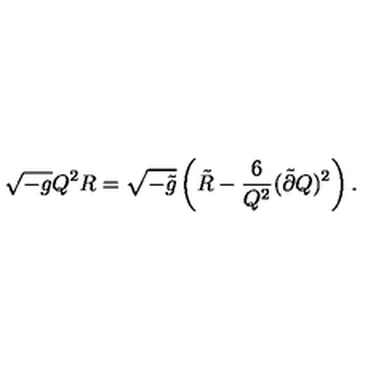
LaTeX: \sqrt { - g } Q ^ { 2 } R = \sqrt { - \tilde { g } } \left( \tilde { R } - \frac { 6 } { Q ^ { 2 } } ( \tilde { \partial } Q ) ^ { 2 } \right) .